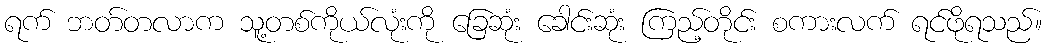
ရက် ဘတ်တလာက သူ့တစ်ကိုယ်လုံးကို ခြေဆုံး ခေါင်းဆုံး ကြည့်တိုင်း စကားလက် ရင်ဖိုရသည်။